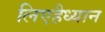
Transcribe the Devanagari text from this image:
लिएहैध्यान